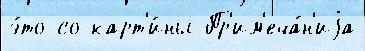
э́то со карт'и́ны Пр'им'еча́н'иjа